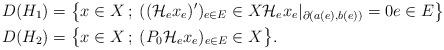
LaTeX: \begin{align*} D(H_1) &= \bigl\{x\in X\:;\: ((\mathcal{H}_ex_e)')_{e\in E}\in X \mathcal{H}_ex_e|_{\partial(a(e),b(e))}=0 e\in E\bigr\}\\ D(H_2) & = \bigl\{x\in X\:;\: (P_0\mathcal{H}_ex_e)_{e\in E}\in X\bigr\}.\end{align*}